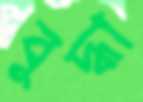
বুদ্ধা